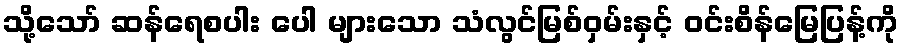
သို့သော် ဆန်ရေစပါး ပေါ များသော သံလွင်မြစ်ဝှမ်းနှင့် ဝင်းစိန်မြေပြန့်ကို